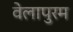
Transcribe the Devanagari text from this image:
वेलापुरम